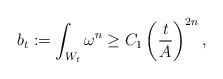
LaTeX: \begin{align*}b_t:=\int_{W_t}\omega^n\geq C_1\left(\dfrac{t}{A}\right)^{2n},\end{align*}